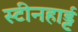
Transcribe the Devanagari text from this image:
स्टीनहार्ड्ट